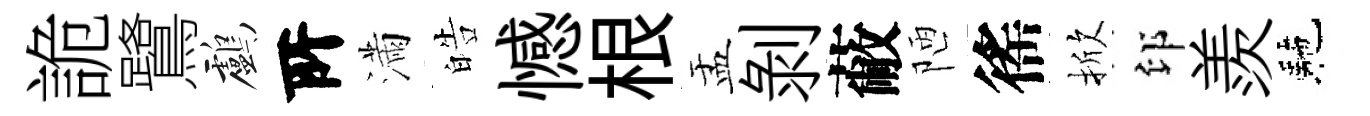
詭鷺鸕𠩄滿皓憾根盂剝蔽陋徭掀印羨駰